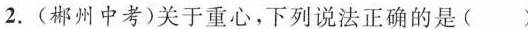
2.(郴州中考)关于重心，下列说法正确的是( )